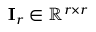
\mathbf { I } _ { r } \in \mathbb { R } ^ { r \times r }